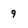
Character: 9